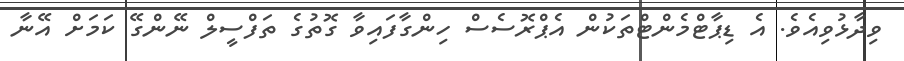
ވިދާޅުވިއެވެ. އެ ޑިޕާޓްމެންޓްތަކުން އެޕްރޮސެސް ހިންގާފައިވާ ގޮތުގެ ތަފްސީލް ނޭންގޭ ކަމަށް އޭނާ